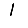
Digit: 1